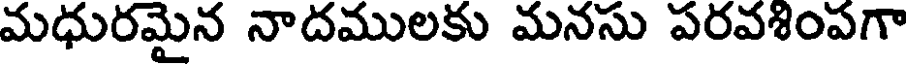
మధురమైన నాదములకు మనసు పరవశింపగా